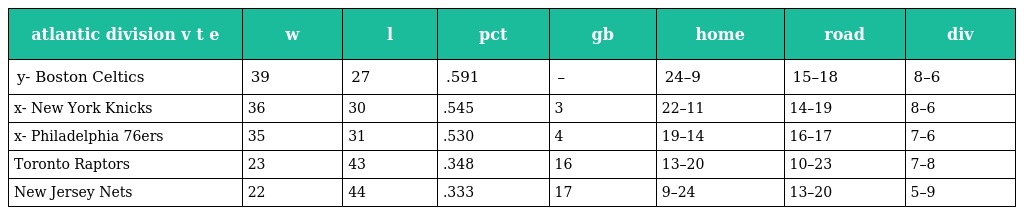
| atlantic division v t e | w | l | pct | gb | home | road | div |
 | --- | --- | --- | --- | --- | --- | --- | --- |
 | y- Boston Celtics | 39 | 27 | .591 | – | 24–9 | 15–18 | 8–6 |
 | x- New York Knicks | 36 | 30 | .545 | 3 | 22–11 | 14–19 | 8–6 |
 | x- Philadelphia 76ers | 35 | 31 | .530 | 4 | 19–14 | 16–17 | 7–6 |
 | Toronto Raptors | 23 | 43 | .348 | 16 | 13–20 | 10–23 | 7–8 |
 | New Jersey Nets | 22 | 44 | .333 | 17 | 9–24 | 13–20 | 5–9 |